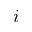
i